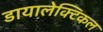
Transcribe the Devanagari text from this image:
डायालेक्टिकल